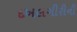
દખલગીરીની